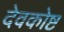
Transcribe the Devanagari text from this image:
देवकोष्ट